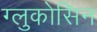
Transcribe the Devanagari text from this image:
ग्लुकोसिन